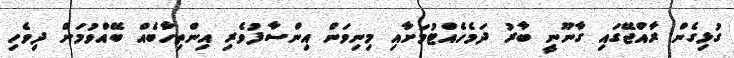
ގުޅިގެން ރާއްޖޭގައި ގާނޫނީ ބާރު ދަމެހެއްޓުމަށާއި މިނިވަން އިންސާފުވެރި އިންތިހާބެއް ބޭއްވުމަށް ދިވެހި